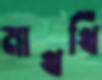
মাখখি